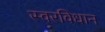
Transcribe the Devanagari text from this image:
स्वरविधान